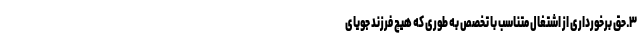
۳ـ حق برخورداری از اشتغال متناسب با تخصص به طوری که هیچ فرزند جویای